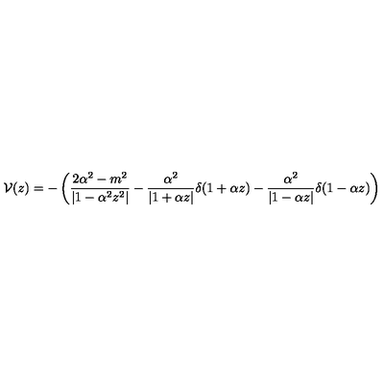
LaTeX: { \cal V } ( z ) = - \left( \frac { 2 \alpha ^ { 2 } - m ^ { 2 } } { | 1 - \alpha ^ { 2 } z ^ { 2 } | } - \frac { \alpha ^ { 2 } } { | 1 + \alpha z | } \delta ( 1 + \alpha z ) - \frac { \alpha ^ { 2 } } { | 1 - \alpha z | } \delta ( 1 - \alpha z ) \right)